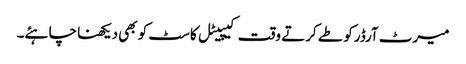
میرٹ آرڈرکو طے کرتے وقت کیپیٹل کاسٹ کو بھی دیکھنا چاہئے۔